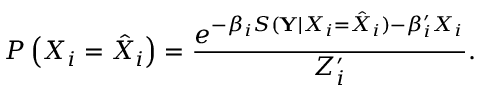
P \left( { X } _ { i } = \hat { X } _ { i } \right) = \frac { e ^ { - \beta _ { i } S ( \mathbf { Y } | { X } _ { i } = \hat { X } _ { i } ) - \beta _ { i } ^ { \prime } X _ { i } } } { Z _ { i } ^ { \prime } } .